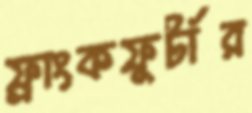
ফ্রাংকফুর্টার